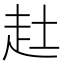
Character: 𧺔